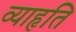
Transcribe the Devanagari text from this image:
व्याहृति